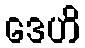
ဒေဟိ